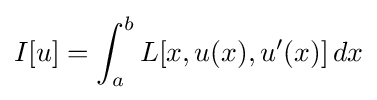
I[u]=\int _{a}^{b}L[x,u(x),u'(x)]\,dx